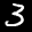
Label: 3